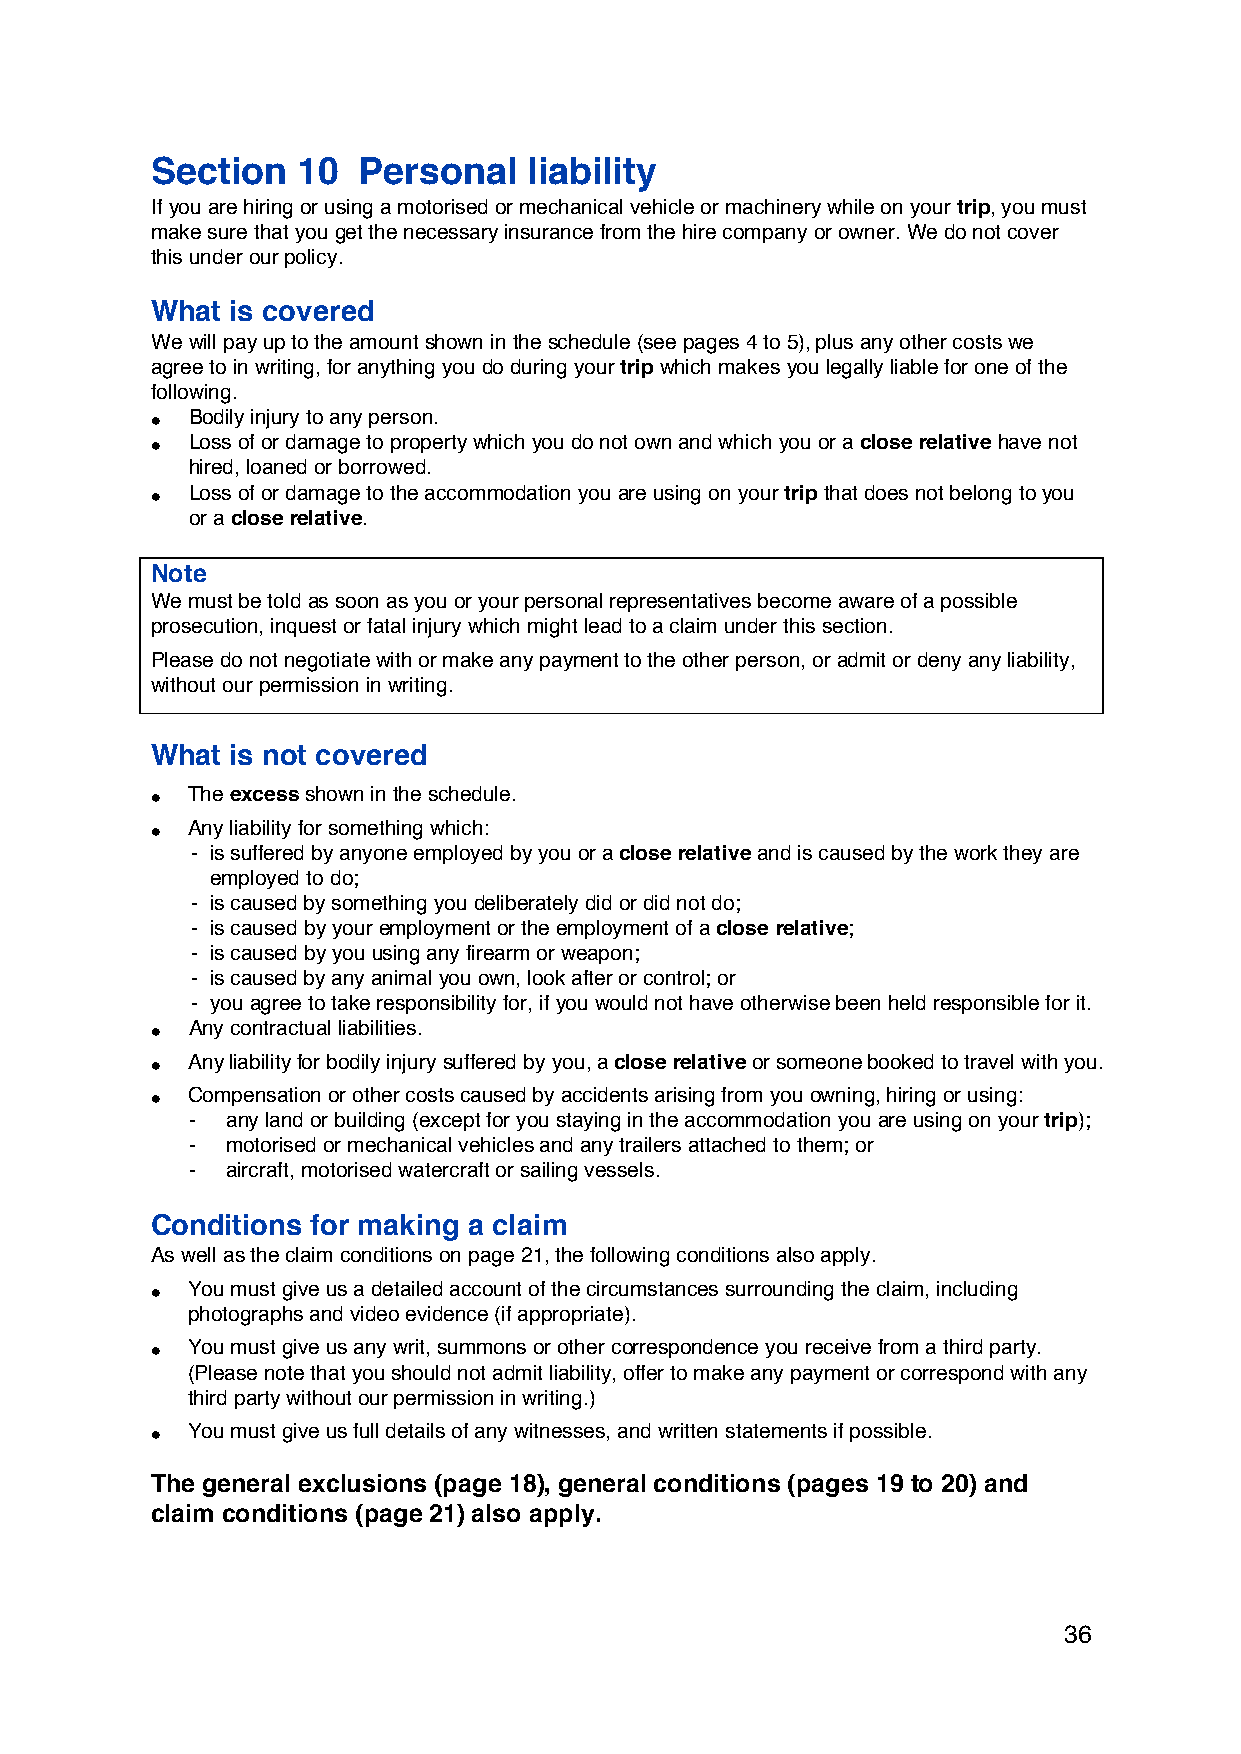
Section   10  Personal   liability
 If you are hiring or using a motorised or mechanical vehicle or machinery while on your trip, you must
 make sure that you get the necessary insurance from the hire company or owner. We do not cover
 this under our policy.
 What is covered
 We will pay up to the amount shown in the schedule (see pages 4 to 5), plus any other costs we
 agree to in writing, for anything you do during your trip which makes you legally liable for one of the
 following.
 • Bodily injury to any person.
 • Loss of or damage to property which you do not own and which you or a close relative have not
 hired, loaned or borrowed.
 • Loss of or damage to the accommodation you are using on your trip that does not belong to you
 or a close relative.
 Note
 We must be told as soon as you or your personal representatives become aware of a possible
 prosecution, inquest or fatal injury which might lead to a claim under this section.
 Please do not negotiate with or make any payment to the other person, or admit or deny any liability,
 without our permission in writing.
 What is not covered
 • The excess shown in the schedule.
 • Any liability for something which:
 - is suffered by anyone employed by you or a close relative and is caused by the work they are
 employed to do;
 - is caused by something you deliberately did or did not do;
 - is caused by your employment or the employment of a close relative;
 - is caused by you using any firearm or weapon;
 - is caused by any animal you own, look after or control; or
 - you agree to take responsibility for, if you would not have otherwise been held responsible for it.
 • Any contractual liabilities.
 • Any liability for bodily injury suffered by you, a close relative or someone booked to travel with you.
 • Compensation or other costs caused by accidents arising from you owning, hiring or using:
 -  any land or building (except for you staying in the accommodation you are using on your trip);
 -  motorised or mechanical vehicles and any trailers attached to them; or
 -  aircraft, motorised watercraft or sailing vessels.
 Conditions for making a claim
 As well as the claim conditions on page 21, the following conditions also apply.
 • You must give us a detailed account of the circumstances surrounding the claim, including
 photographs and video evidence (if appropriate).
 • You must give us any writ, summons or other correspondence you receive from a third party.
 (Please note that you should not admit liability, offer to make any payment or correspond with any
 third party without our permission in writing.)
 • You must give us full details of any witnesses, and written statements if possible.
 The general exclusions (page 18), general conditions (pages 19 to 20) and
 claim conditions (page 21) also apply.
 36